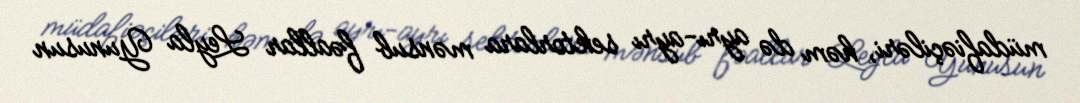
müdafiəçiləri, həm də ayrı-ayrı sektorlara mənsub fəallar Leyla Yunusun